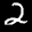
Label: 2